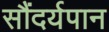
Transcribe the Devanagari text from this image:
सौंदर्यपान